Report on the bubonic plague in Bombay, 1896-1897
Year: 1896
Disease focus: Plague
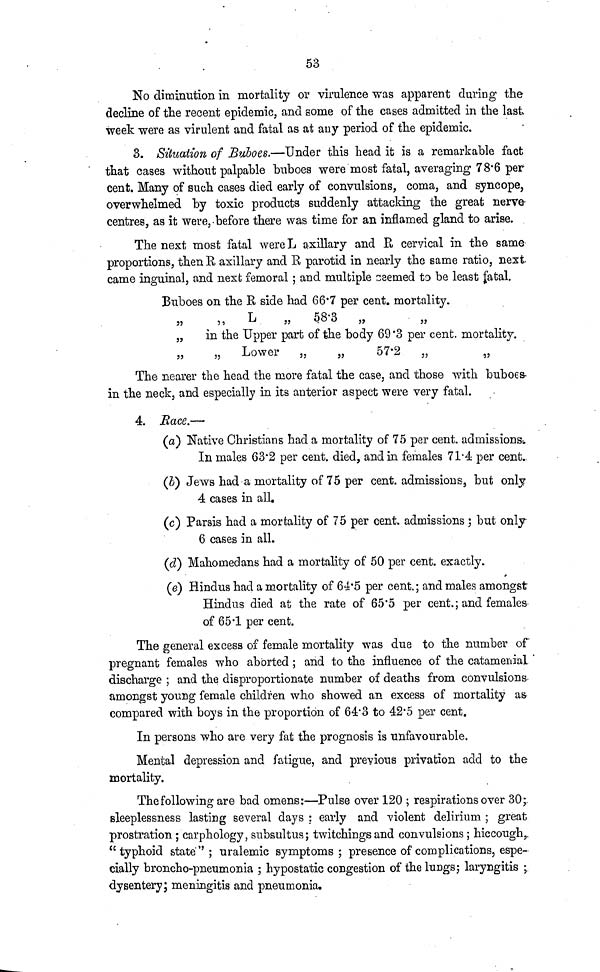
53
No diminution in mortality or virulence was apparent during the
decline of the recent epidemic, and some of the cases admitted in the last
week were as virulent and fatal as at any period of the epidemic.
3. Situation of Buboes.—Under this head it is a remarkable fact
that cases without palpable buboes were most fatal, averaging 78.6 per
cent. Many of such cases died early of convulsions, coma, and syncope,
overwhelmed by toxic products suddenly attacking the great nerve-
centres, as it were, before there was time for an inflamed gland to arise.
The next most fatal were L axillary and R cervical in the same
proportions, then R axillary and R parotid in nearly the same ratio, next
came inguinal, and next femoral ; and multiple seemed to be least fatal.
Buboes on the R side had 66.7 per cent, mortality.
„ „ L „ 58.3 „ „
„
in the Upper part of the body 69.3 per cent, mortality.
„
„
Lower
„
„
57.2
„
The nearer the head the more fatal the case, and those with buboes-
in the neck, and especially in its anterior aspect were very fatal.
4. Race.—
(a) Native Christians had a mortality of 75 per cent, admissions
In males 63.2 per cent, died, and in females 71.4 per cent.
(b) Jews had a mortality of 75 per cent, admissions, but only
4 cases in all.
(c) Parsis had a mortality of 75 per cent, admissions ; but only
6 cases in all.
(d) Mahomedans had a mortality of 50 per cent, exactly.
(e) Hindus had a mortality of 64.5 per cent.; and males amongst
Hindus died at the rate of 65.5 per cent.; and females
of 65.1 per cent.
The general excess of female mortality was due to the number of
pregnant females who aborted ; and to the influence of the catamenial
discharge ; and the disproportionate number of deaths from convulsions-
amongst young female children who showed an excess of mortality as-
compared with boys in the proportion of 64.3 to 42.5 per cent.
In persons who are very fat the prognosis is unfavourable.
Mental depression and fatigue, and previous privation add to the
mortality.
The following are bad omens:—Pulse over 120 ; respirations over 30;.
sleeplessness lasting several days ; early and violent delirium ; great
prostration ; carphology, subsultus; twitchings and convulsions ; hiccough,,
"typhoid state"; uralemic symptoms; presence of complications, espe-
cially broncho-pneumonia ; hypostatic congestion of the lungs; laryngitis ;.
dysentery; meningitis and pneumonia.